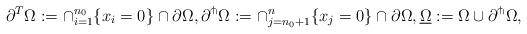
LaTeX: \begin{align*}\partial^T\Omega:=\cap_{i=1}^{n_0}\{x_i=0\}\cap\partial\Omega,\partial^{\pitchfork}\Omega:=\cap_{j=n_0+1}^n\{x_j=0\}\cap\partial\Omega,\underline{\Omega} :=\Omega\cup\partial^{\pitchfork}\Omega,\end{align*}